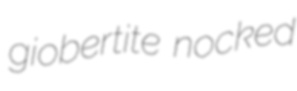
giobertite nocked